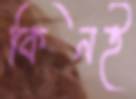
কিনই